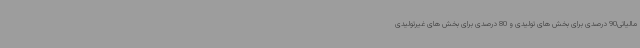
مالیاتی90 درصدی برای بخش های تولیدی و 80 درصدی برای بخش های غیرتولیدی